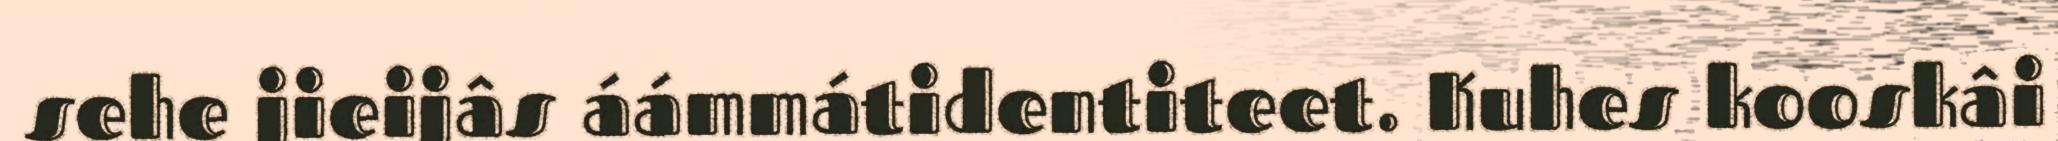
sehe jieijâs áámmátidentiteet. Kuhes kooskâi